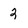
Character: 2